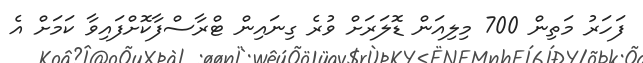
ފަހަރު މަތިން 700 މިލިއަން ޑޮލަރަށް ވުރެ ގިނައިން ޓްރާސްފާކޮށްފައިވާ ކަމަށް އެ